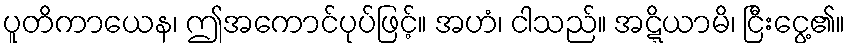
ပူတိကာယေန၊ ဤအကောင်ပုပ်ဖြင့်။ အဟံ၊ ငါသည်။ အဋ္ဋိယာမိ၊ ငြီးငွေ့၏။